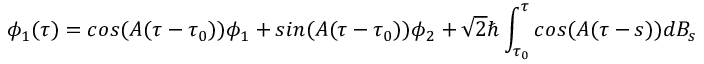
\phi _ { 1 } ( \tau ) = c o s ( { \cal A } ( \tau - \tau _ { 0 } ) ) \phi _ { 1 } + s i n ( { \cal A } ( \tau - \tau _ { 0 } ) ) \phi _ { 2 } + \sqrt { 2 } \hbar \int _ { \tau _ { 0 } } ^ { \tau } c o s ( { \cal A } ( \tau - s ) ) d B _ { s }